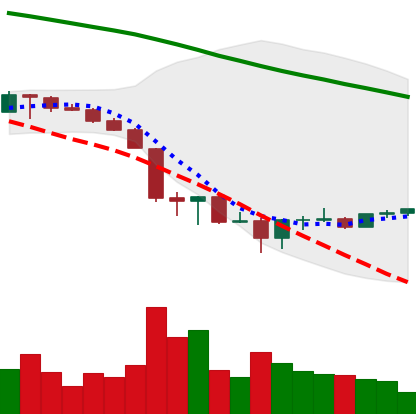
Ticker: BTC-USD
Chart end date: 2022-06-25
Forward return: -7.988%
Label: down_7plus